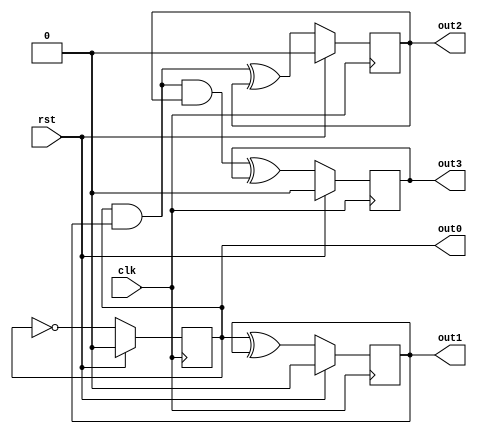
`timescale 1ns / 1ps
//////////////////////////////////////////////////////////////////////////////////
// Company: 
// Engineer: 
// 
// Design Name: 
// Module Name:    counter_gates 
// Project Name: 
// Target Devices: 
// Tool versions: 
// Description: 
//
// Dependencies: 
//
// Revision: 
// Revision 0.01 - File Created
// Additional Comments: 
//
//////////////////////////////////////////////////////////////////////////////////
module counter_gates(
	input clk,
	input rst,
	output reg out0,
	output reg out1,
	output reg out2,
	output reg out3
    );
		
	always @(posedge clk)
		begin
			if(rst)
				begin
				out0 <= 1'b0;
				out1 <= 1'b0;
				out2 <= 1'b0;
				out3 <= 1'b0;
				
				end
			else
				begin
					out0 <= ~out0;
					out1 <= out0^out1;
					out2 <= (out0&out1)^out2;
					out3 <= ((out0&out1)&out2)^out3;
				end
		end

endmodule